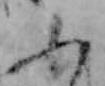
ふ